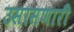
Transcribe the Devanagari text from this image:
उसासणारी